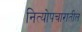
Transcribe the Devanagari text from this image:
नित्योपचारातील